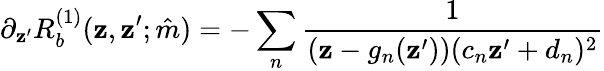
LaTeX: \partial_{\mathbf{z}^{\prime}}R_{b}^{(1)}(\mathbf{z},\mathbf{z}^{\prime};\hat{{m}})=-\sum_{n}\frac{{1}}{{(\mathbf{z}-g_{n}(\mathbf{z}^{\prime}))(c_{n}\mathbf{z}^{\prime}+d_{n})^{2}}}